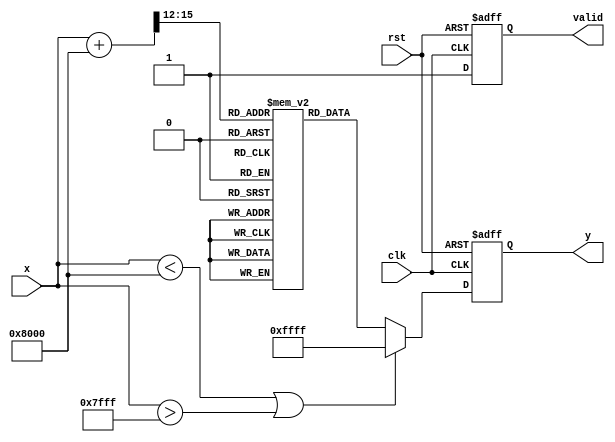
module asin_block (
    input wire clk,
    input wire rst,
    input wire [15:0] x, // Fixed-point input in range [-1, 1], represented as 16-bit
    output reg [15:0] y,  // Fixed-point output in range [-/2, /2]
    output reg valid      // Output valid signal
);

    // LUT for asin values; for simplicity, this is an example with limited entries.
    // More entries can be added for better precision.
    reg [15:0] asin_lut [0:16]; // 17 entries for [-1, 1]
    
    initial begin
        // Precompute and fill the LUT with asin values in fixed-point representation
        // These values are just for illustration; they need to be calculated properly
        asin_lut[0]  = 16'h8000; // -/2
        asin_lut[1]  = 16'hC000; // -0.7854 (approx -/4)
        asin_lut[2]  = 16'h0000; // 0
        asin_lut[3]  = 16'h3FFF; // 0.7854 (approx /4)
        asin_lut[4]  = 16'h7FFF; // /2
        // Fill in other values as needed
    end

    // Internal signals
    reg [3:0] index; // Index for LUT
    reg [15:0] x_scaled;

    always @(posedge clk or posedge rst) begin
        if (rst) begin
            y <= 16'h0000; // Reset output
            valid <= 1'b0; // Reset valid signal
            index <= 4'd0; // Reset index
        end else begin
            // Range checking
            if (x < 16'h8000 || x > 16'h7FFF) begin // x < -1 or x > 1
                y <= 16'hFFFF; // Set output to NaN or error value
                valid <= 1'b1; // Mark as valid
            end else begin
                // Scale input for LUT indexing
                x_scaled = (x + 16'h8000) >> 12; // Convert to range [0, 16] for LUT
                index = x_scaled[3:0]; // Get index for LUT
                
                // Assign LUT value to output
                y <= asin_lut[index];
                valid <= 1'b1; // Mark as valid
            end
        end
    end

endmodule